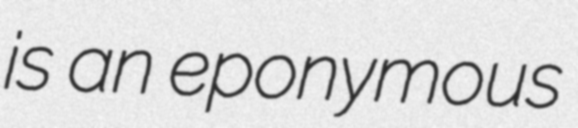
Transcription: is an eponymous